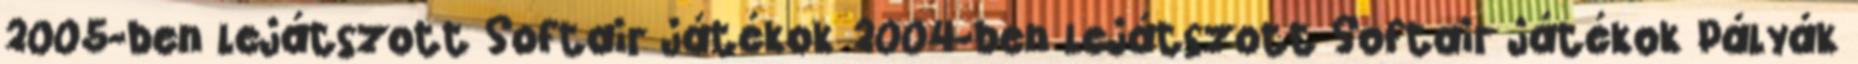
2005-ben lejátszott Softair játékok 2004-ben lejátszott Softair játékok Pályák